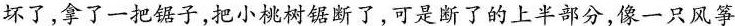
坏了，拿了一把锯子，把小桃树锯断了，可是断了的上半部分，像一只风筝